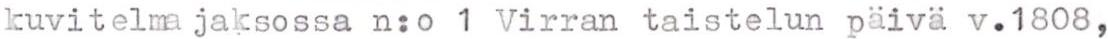
kuvitelma jaksossa n:o 1 Virran taistelun päivä v.1808,